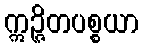
ဣဉ္ဇိတပစ္စယာ